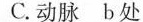
C.动脉 b处